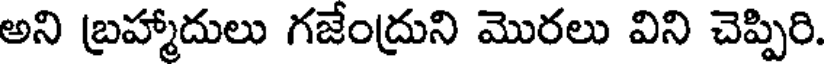
అని బ్రహ్మాదులు గజేంద్రుని మొరలు విని చెప్పిరి.